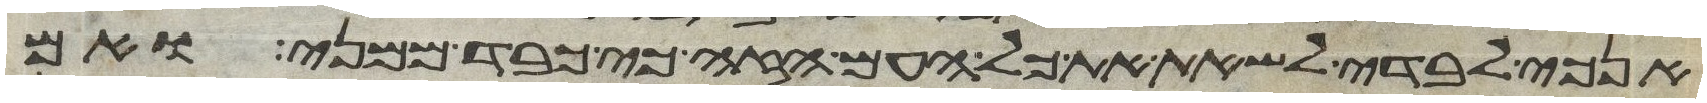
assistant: אנכי לבדי לשאת את כל העם הזה כי כבד ממני ואם